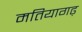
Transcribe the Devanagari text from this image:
मतियागढ़